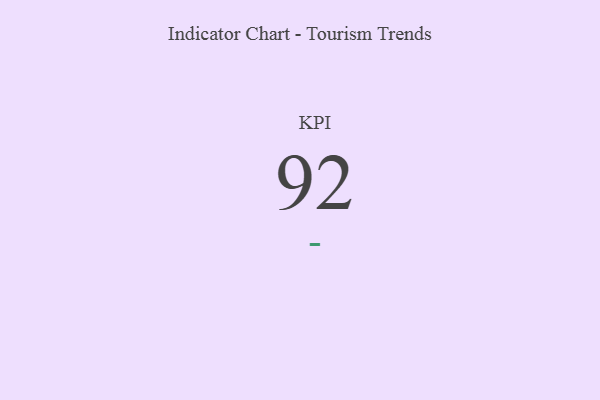
{"axis": {"x": "KPI", "y": "Value"}, "legend": [""], "data": [{"x": "KPI", "y": 92, "type": ""}]}